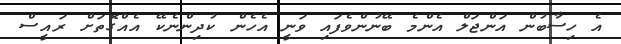
އެ ހިސާބުން އަންޖަލް އެންމެ ބޭނުންވެފައި ވަނީ އެހެން ކުދިންނެކޭ އެއްގޮތަށް ރައީސް